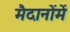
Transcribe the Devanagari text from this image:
मैदानोंमें